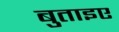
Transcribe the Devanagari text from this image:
बुताइए